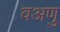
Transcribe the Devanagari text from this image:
वअणु